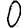
Digit: 0